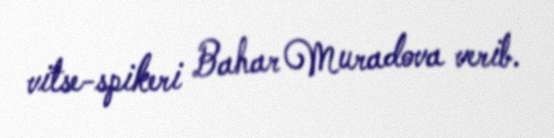
vitse-spikeri Bahar Muradova verib.